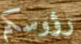
رؤوسكم